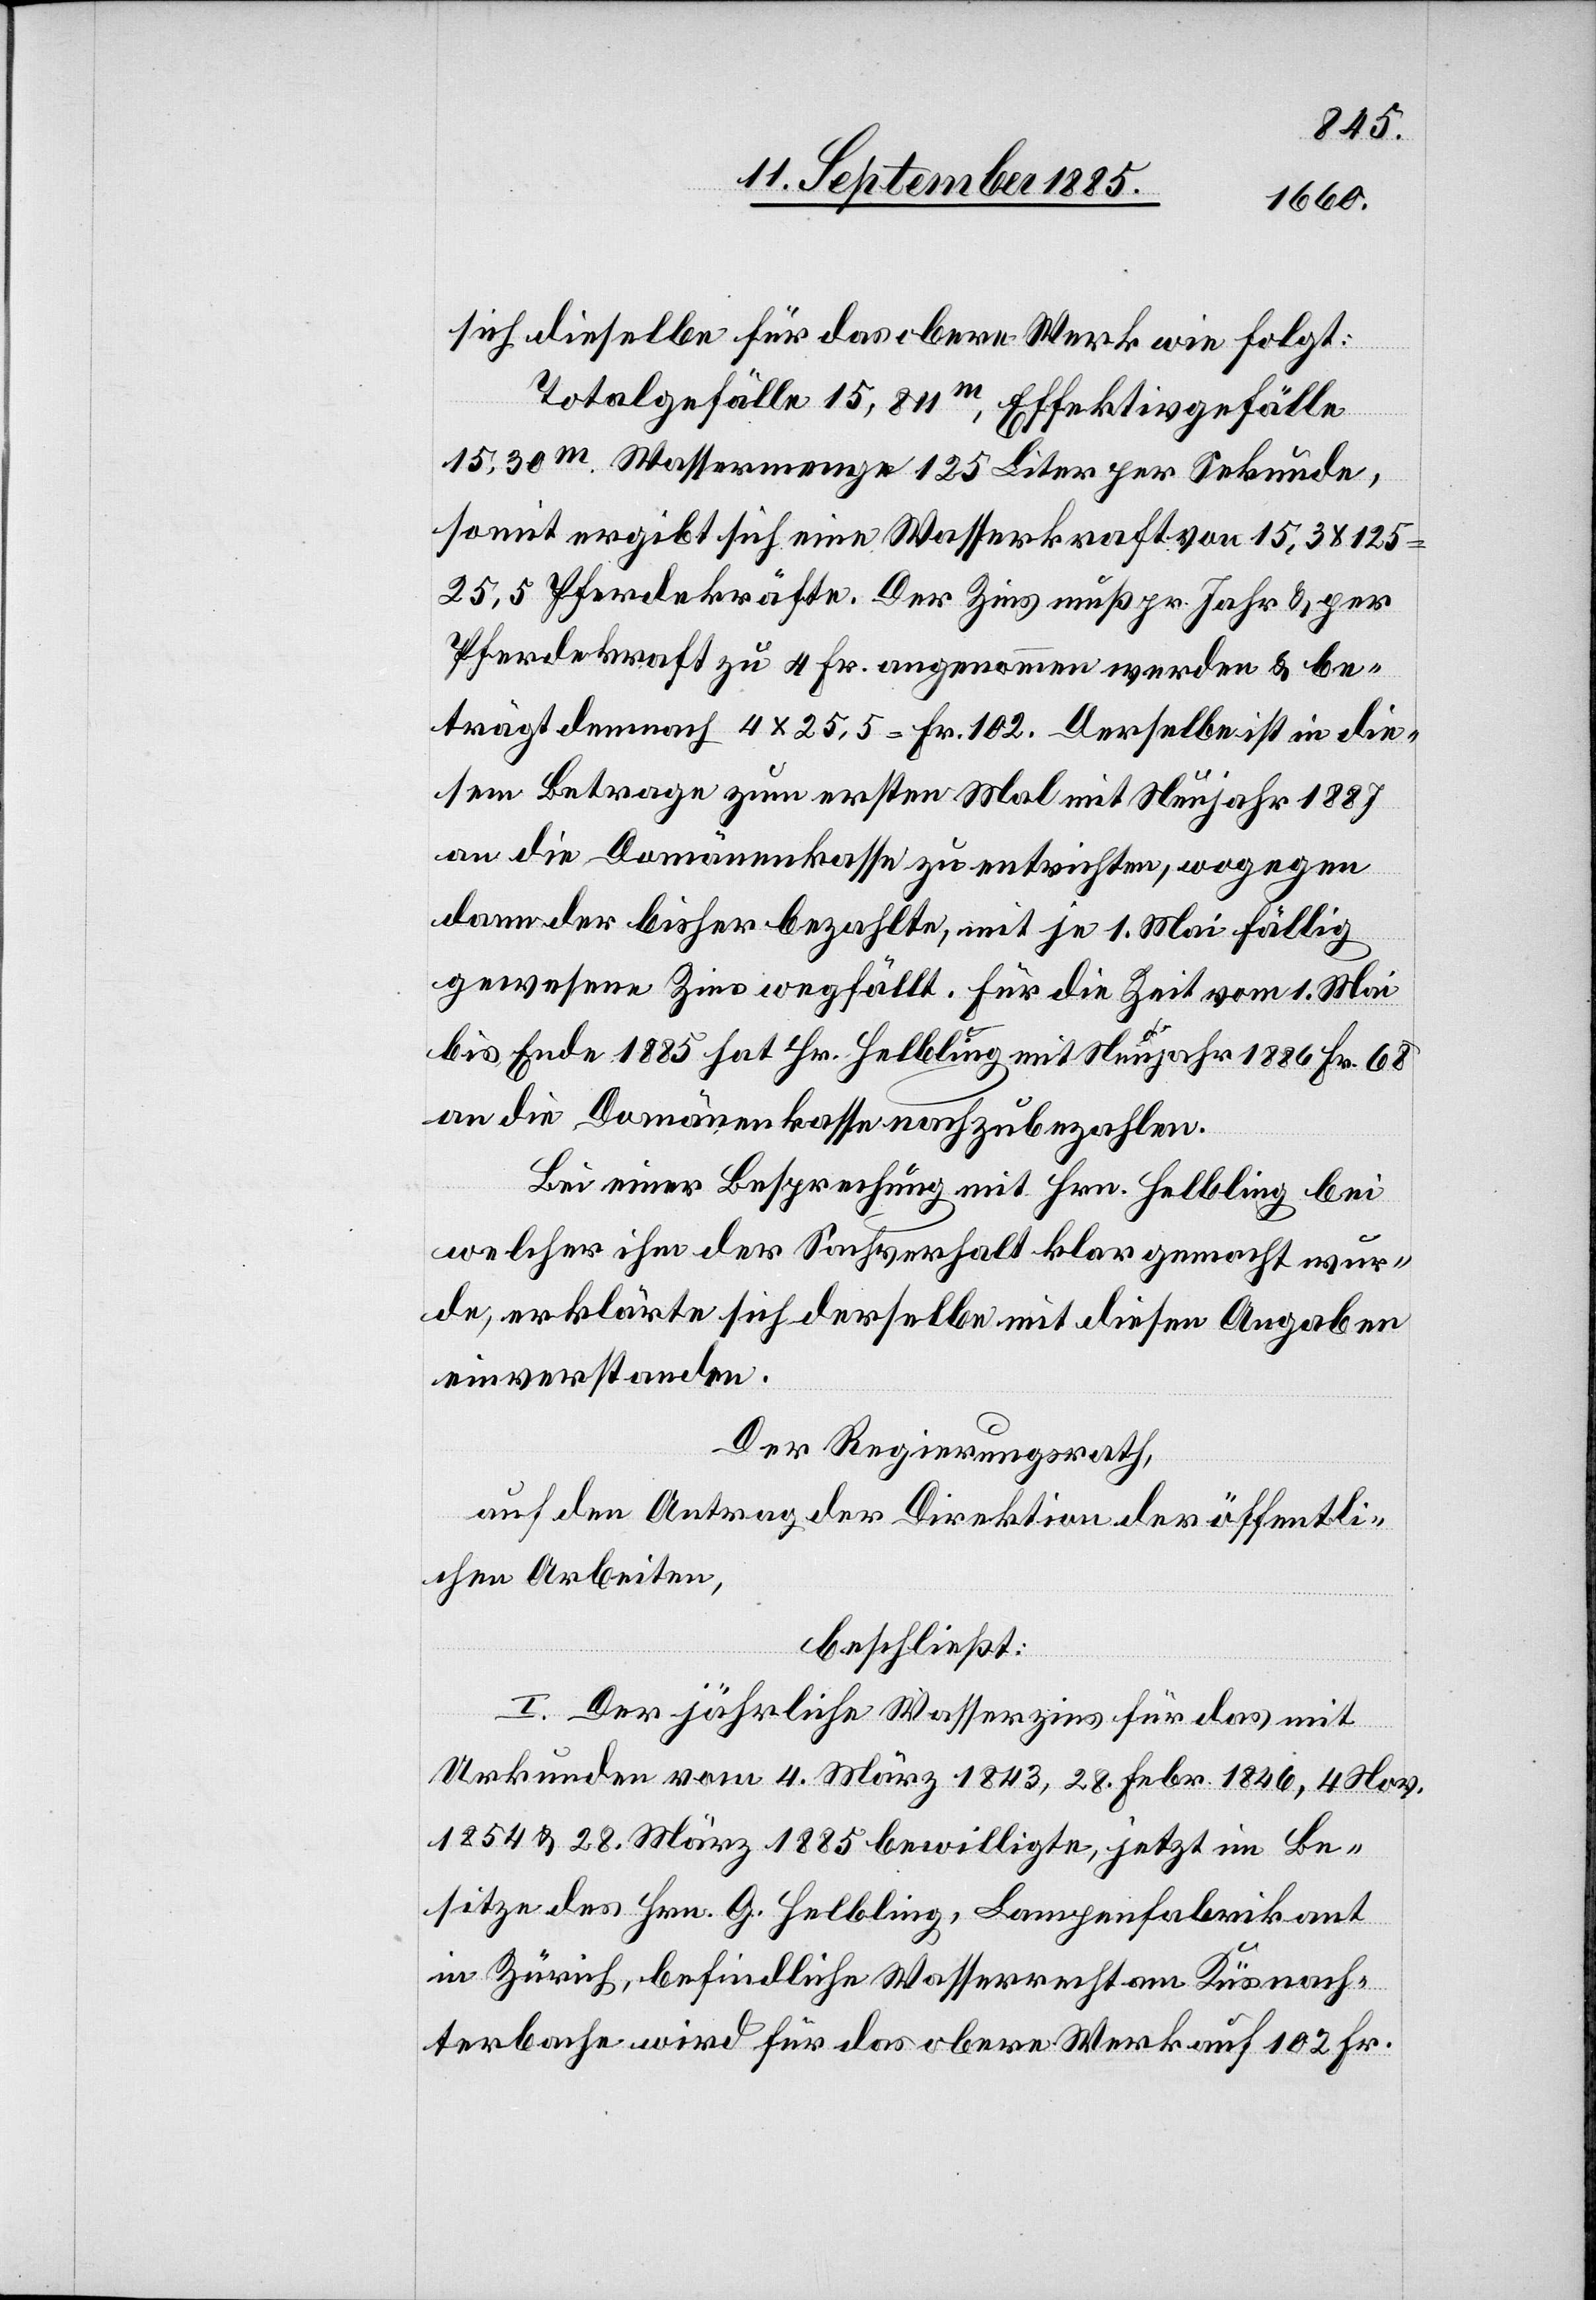
sich dieselbe für das obere Werk wie folgt:
Totalgefälle 15,811m, Effektivgefälle
15,30m. Wassermenge 125 Liter per Sekunde,
somit ergibt sich eine Wasserkraft von 15,3 x 125
25,5 Pferdekräfte. Der Zins muß pr. Jahr & per
Pferdekraft zu 4 Fr. angenommen werden & be¬
trägt demnach 4 x 25,5 = Fr. 102. Derselbe ist in die¬
sem Betrage zum ersten Mal mit Neujahr 1887
an die Domänenkasse zu entrichten, wogegen
dann der bisher bezahlte, mit je 1. Mai fällig
gewesene Zins wegfällt. Für die Zeit vom 1. Mai
bis Ende 1885 hat Hr. Helbling mit Neujahr 1886 Fr. 68
an die Domänenkasse nachzubezahlen.
Bei einer Besprechung mit Hrn. Helbling bei
welcher ihm der Sachverhalt klar gemacht wur¬
de, erklärte sich derselbe mit diesen Angaben
einverstanden.
Der Regierungsrath,
auf den Antrag der Direktion der öffentli¬
chen Arbeiten,
beschließt:
I. Der jährliche Wasserzins für das mit
Urkunden vom 4. März 1843, 28. Febr. 1846, 4. Nov.
1854 & 28. März 1885 bewilligte, jetzt im Be¬
sitze des Hrn. G. Helbling, Lampenfabrikant
in Zürich, befindliche Wasserrecht am Küsnach¬
terbache wird für das obere Werk auf 102 Fr.